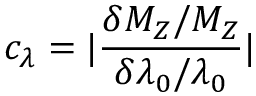
c _ { \lambda } = \vert \frac { \delta M _ { Z } / M _ { Z } } { \delta \lambda _ { 0 } / \lambda _ { 0 } } \vert